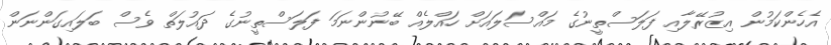
އެހެންކަމުން އިޒުރޭލާއި ފަލަސްތީނުގެ މައްސަލައަށް ހައްލެއް ބޭނުންނަމަ ފަލަސްތީނުގެ ދައުލަތް ވެސް ބަލައިގަންނަން